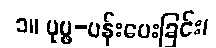
၁။ ပုပ္ဖ-ပန်းပေးခြင်း၊